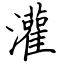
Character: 灌